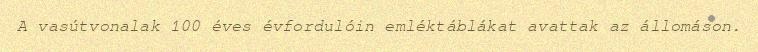
A vasútvonalak 100 éves évfordulóin emléktáblákat avattak az állomáson.